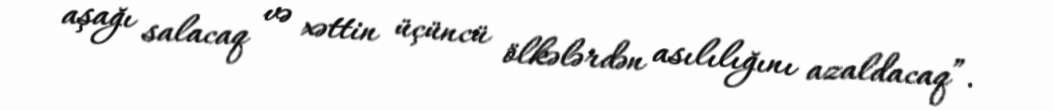
aşağı salacaq və xəttin üçüncü ölkələrdən asılılığını azaldacaq”.